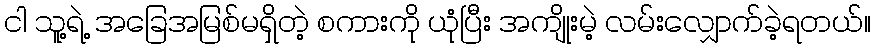
ငါ သူ့ရဲ့ အခြေအမြစ်မရှိတဲ့ စကားကို ယုံပြီး အကျိုးမဲ့ လမ်းလျှောက်ခဲ့ရတယ်။